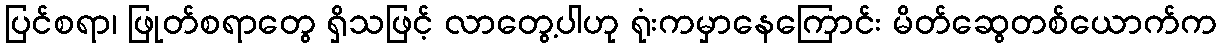
ပြင်စရာ၊ ဖြုတ်စရာတွေ ရှိသဖြင့် လာတွေ့ပါဟု ရုံးကမှာနေကြောင်း မိတ်ဆွေတစ်ယောက်က